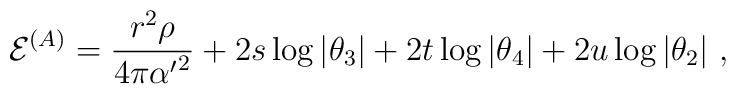
{ {\cal E}}^{(A)} = {r^2\rho\over 4\pi{\alpha^\prime}^2}  + 2 s  \log \vert \theta_3 \vert  + 2 t  \log\vert\theta_4\vert + 2 u  \log\vert\theta_2\vert \ ,